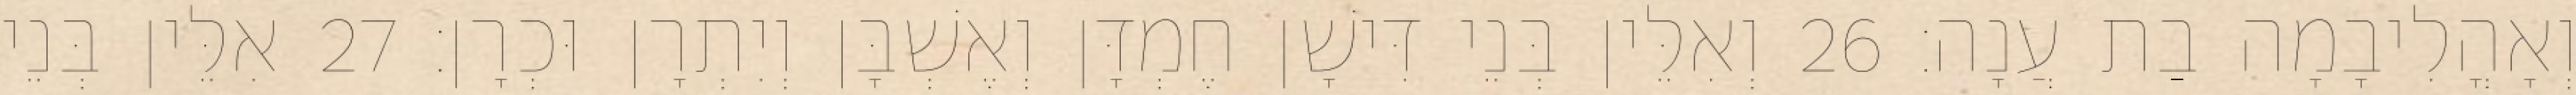
וְאָהֳלִיבָמָה בַת עֲנָה׃ 26 וְאִלֵּין בְּנֵי דִּישָׁן חֶמְדָּן וְאֶשְׁבָּן וְיִתְרָן וּכְרָן׃ 27 אִלֵּין בְּנֵי